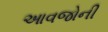
આવજોની